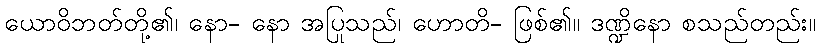
ယောဝိဘတ်တို့၏၊ နော- နော အပြုသည်၊ ဟောတိ- ဖြစ်၏။ ဒဏ္ဍိနော စသည်တည်း။